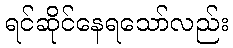
ရင်ဆိုင်နေရသော်လည်း